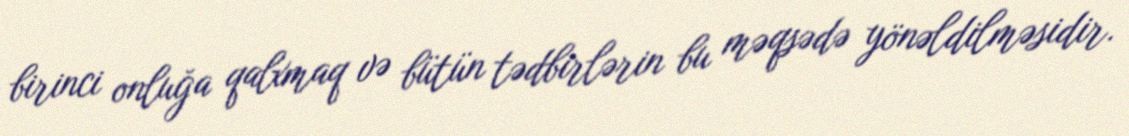
birinci onluğa qalxmaq və bütün tədbirlərin bu məqsədə yönəldilməsidir.